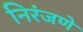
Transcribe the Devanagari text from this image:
निरंजणे